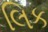
લિક